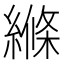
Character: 縧